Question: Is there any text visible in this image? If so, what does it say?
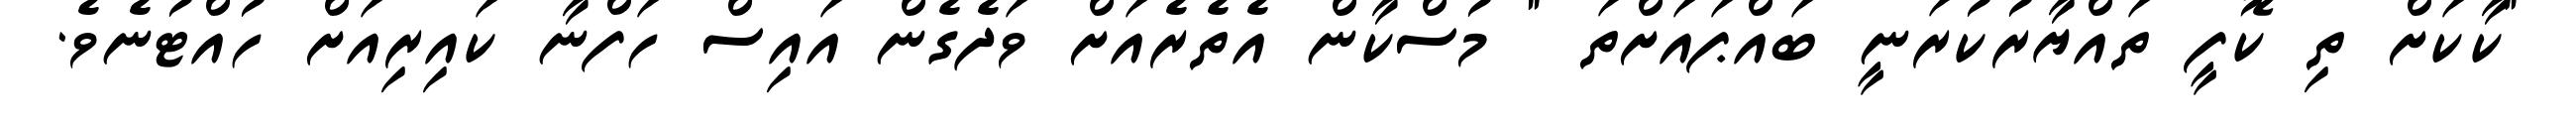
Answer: "ކާކަށް ތި ކޮފީ ތައްޔާރުކުރަނީ ބައްޕައަށްތަ " މުސްކާން އެތެރެއަށް ވަދެގެން އައިސް ހަފްނާ ކައިރިއަށް ހުއްޓުނެވެ.